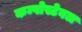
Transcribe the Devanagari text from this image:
कम्पोस्टेबल